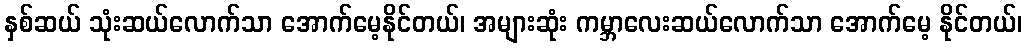
နှစ်ဆယ် သုံးဆယ်လောက်သာ အောက်မေ့နိုင်တယ်၊ အများဆုံး ကမ္ဘာလေးဆယ်လောက်သာ အောက်မေ့ နိုင်တယ်၊